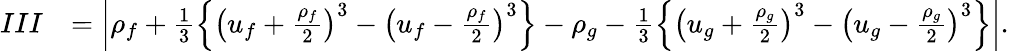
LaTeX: \begin{array}{rl}{III}&{=\left|\rho_{f}+\frac 13\left\{ \left(u_{f}+\frac{\rho_{f}}{2}\right)^{3}-\left(u_{f}-\frac{\rho_{f}}{2}\right)^{3}\right\} -\rho_{g}-\frac 13\left\{ \left(u_{g}+\frac{\rho_{g}}{2}\right)^{3}-\left(u_{g}-\frac{\rho_{g}}{2}\right)^{3}\right\} \right|.}\end{array}